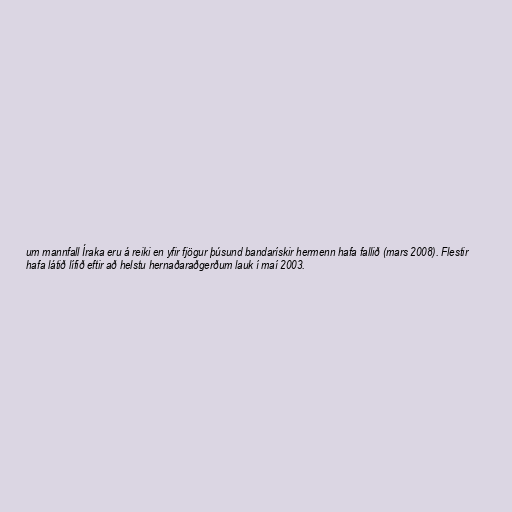
um mannfall Íraka eru á reiki en yfir fjögur þúsund bandarískir hermenn hafa fallið (mars 2008). Flestir
hafa látið lífið eftir að helstu hernaðaraðgerðum lauk í maí 2003.